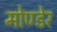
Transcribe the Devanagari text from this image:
मोण्डेर